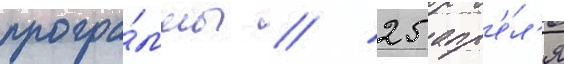
програ́ммы // 25 апр'е́л'я